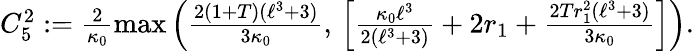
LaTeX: \begin{array}{r}{C_{5}^{2}:=\frac{2}{\kappa_{0}}\operatorname*{max}\left(\frac{2(1+T)(\ell^{3}+3)}{3\kappa_{0}},\, \left[\frac{\kappa_{0}\ell^{3}}{2(\ell^{3}+3)}+2r_{1}+\frac{2Tr_{1}^{2}(\ell^{3}+3)}{3\kappa_{0}}\right]\right).}\end{array}